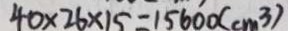
4 0 \times 2 6 \times 1 5 = 1 5 6 0 0 ( c m ^ { 3 } )